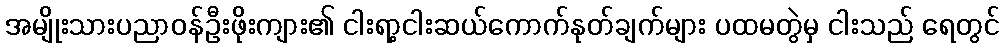
အမျိုးသားပညာဝန်ဦးဖိုးကျား၏ ငါးရာ့ငါးဆယ်ကောက်နုတ်ချက်များ ပထမတွဲမှ ငါးသည် ရေတွင်